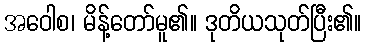
အဝေါစ၊ မိန့်တော်မူ၏။ ဒုတိယသုတ်ပြီး၏။